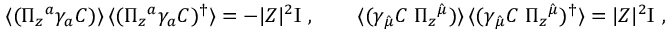
\langle ( \Pi _ { z } { } ^ { a } \gamma _ { a } { \cal C } ) \rangle \, \langle ( \Pi _ { z } { } ^ { a } \gamma _ { a } { \cal C } ) ^ { \dagger } \rangle = - | Z | ^ { 2 } \mathrm { I } \ , \qquad \langle ( \gamma _ { \hat { \mu } } { \cal C } \; \Pi _ { z } { } ^ { \hat { \mu } } ) \rangle \, \langle ( \gamma _ { \hat { \mu } } { \cal C } \; \Pi _ { z } { } ^ { \hat { \mu } } ) ^ { \dagger } \rangle = | Z | ^ { 2 } \mathrm { I } \ ,